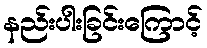
နည်းပါးခြင်းကြောင့်